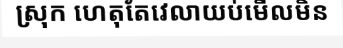
ស្រុក ហេតុតែវេលាយប់មើលមិន